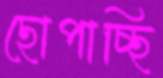
ছোপাচ্ছি